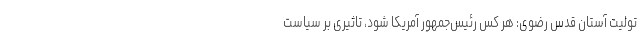
تولیت آستان قدس رضوی: هر کس رئیس‌جمهور آمریکا شود، تاثیری بر سیاست